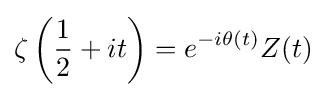
\zeta \left({\frac {1}{2}}+it\right)=e^{-i\theta (t)}Z(t)